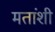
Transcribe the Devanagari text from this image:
मतांशी